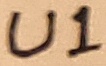
Text: U1